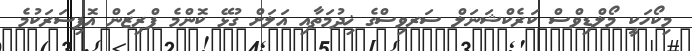
މިކޯހަކީ މޯލްޑިވްސް ކަރެކްޝަނަލް ސަރވިސްގެ ޚިދުމަތާއި އަލަށް ގުޅޭ ކޮންމެ ޕްރިޒަން އޮފިސަރަކުމެ